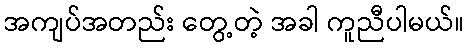
အကျပ်အတည်း တွေ့တဲ့ အခါ ကူညီပါမယ်။